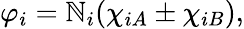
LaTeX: \varphi_{i}=\mathbb{N}_{i}(\chi_{iA}\pm\chi_{iB}),